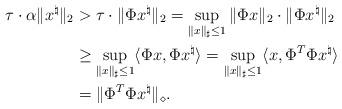
LaTeX: \begin{align*}\tau\cdot \alpha\|x^\natural\|_2 & >\tau\cdot \|\Phi x^\natural\|_2 = \sup_{\|x\|_\sharp\leq 1}\|\Phi x\|_2 \cdot \|\Phi x^\natural\|_2 \\ & \geq \sup_{\|x\|_\sharp\leq 1}\langle \Phi x, \Phi x^\natural\rangle = \sup_{\|x\|_\sharp\leq 1}\langle x, \Phi ^T \Phi x^\natural\rangle\\ &= \|\Phi ^T \Phi x^\natural\|_\diamond.\end{align*}